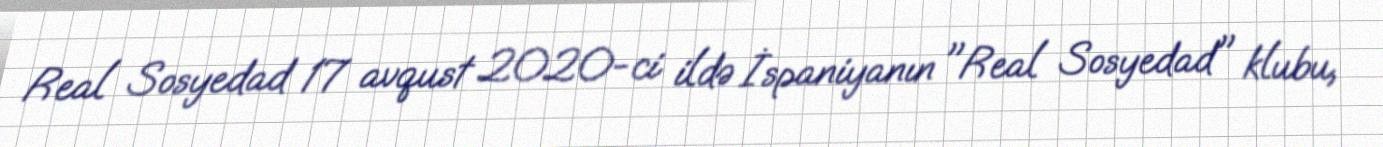
Real Sosyedad 17 avqust 2020-ci ildə İspaniyanın "Real Sosyedad" klubu,